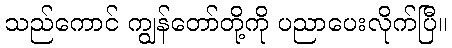
သည်ကောင် ကျွန်တော်တို့ကို ပညာပေးလိုက်ပြီ။